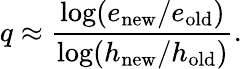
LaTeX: q\approx{\frac{\log(e_{\mathrm{new}}/e_{\mathrm{old}})}{\log(h_{\mathrm{new}}/h_{\mathrm{old}})}}.